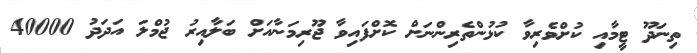
ތިނަދޫ ޓީމާއި ކުށްވެރިވާ ކުޅުންތެރިންނަށް ކޮށްފައިވާ ޖޫރިމަނާއަށް ބަލާއިރު ޖުމްލަ އަދަދު 40000